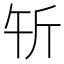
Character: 𰕝